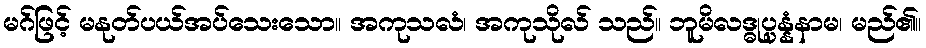
မဂ်ဖြင့် မနုတ်ပယ်အပ်သေးသော။ အကုသလံ၊ အကုသိုလ် သည်။ ဘူမိလဒ္ဓုပ္ပန္နံနာမ၊ မည်၏။